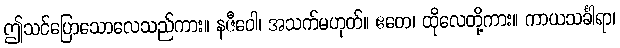
ဤသင်ပြောသောလေသည်ကား။ နဇီဝေါ၊ အသက်မဟုတ်။ ဧတေ၊ ထိုလေတို့ကား။ ကာယသင်္ခါရာ၊